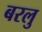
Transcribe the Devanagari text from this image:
बरलु